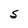
Character: S